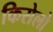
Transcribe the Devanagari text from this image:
किसेलो